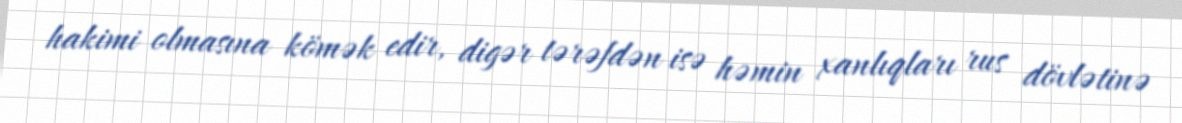
hakimi olmasına kömək edir, digər tərəfdən isə həmin xanlıqları rus dövlətinə